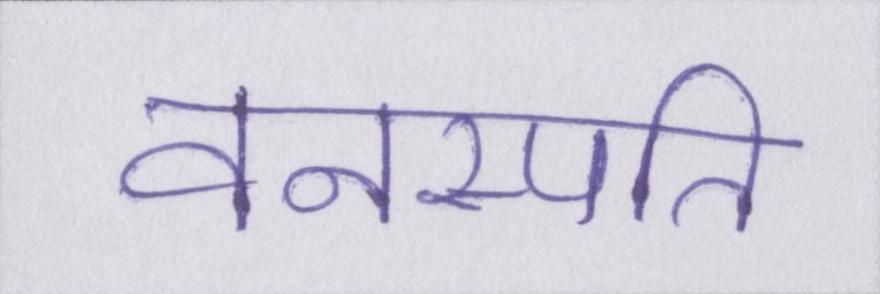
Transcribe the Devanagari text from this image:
वनस्पति